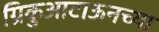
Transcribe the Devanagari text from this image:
ग्रिकुआटाऊनच्या